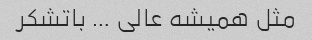
مثل همیشه عالی … باتشکر